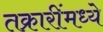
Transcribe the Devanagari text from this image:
तक्रारींमध्ये